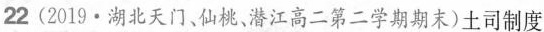
22(2019·湖北天门，仙桃、潜江高二第二学期期末)土司制度